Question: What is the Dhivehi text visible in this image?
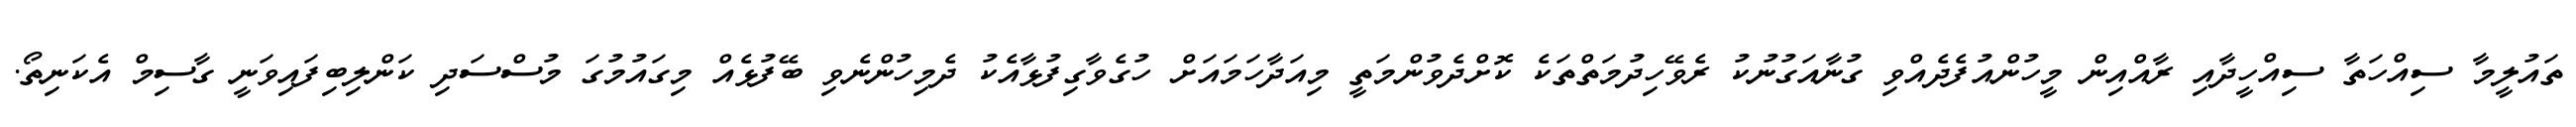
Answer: ތައުލީމާ ސިއްހަތާ ސިއްހީދާއި ރާއްއިން މީހުންއުފެދެއްވި ގުނާއަގުނުކު ރެވޭހިދުމަތްތަކެ ކޮށްދެވުންމަތީ މިއަދާހަމައަށް ހުގެވާގިފުޅާއެކު ދެމިހުންނެވި ބޭފުޅެއް މިގައުމުގަ މުސްސަދި ކަންލިބިފައިވަނީ ގާސިމް އެކަނިތޯ.